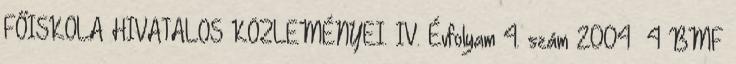
FŐISKOLA HIVATALOS KÖZLEMÉNYEI. IV. Évfolyam 4. szám 2004 4 BMF